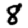
Digit: 8